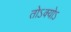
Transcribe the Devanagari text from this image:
तोऽक्योऽ